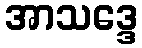
အာသဒ္ဒေ